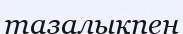
тазалықпен